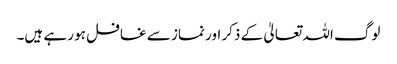
لوگ اللہ تعالیٰ کے ذکر اور نماز سے غافل ہو رہے ہیں۔